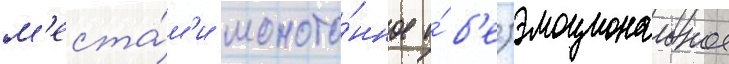
м'еста́м'и моното́нное и́ б'езэмоциональное